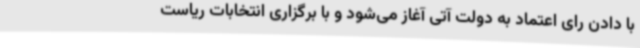
با دادن رای اعتماد به دولت آتی آغاز می‌شود و با برگزاری انتخابات ریاست